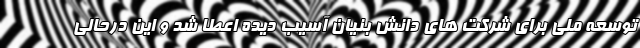
توسعه ملی برای شرکت های دانش بنیان آسیب دیده اعطا شد و این درحالی